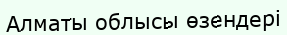
Алматы облысы өзендері